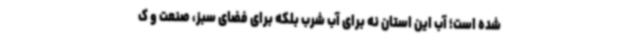
شده است؛ آب این استان نه برای آب شرب بلکه برای فضای سبز، صنعت و ک